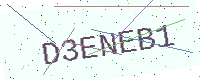
Text: D3ENEB1